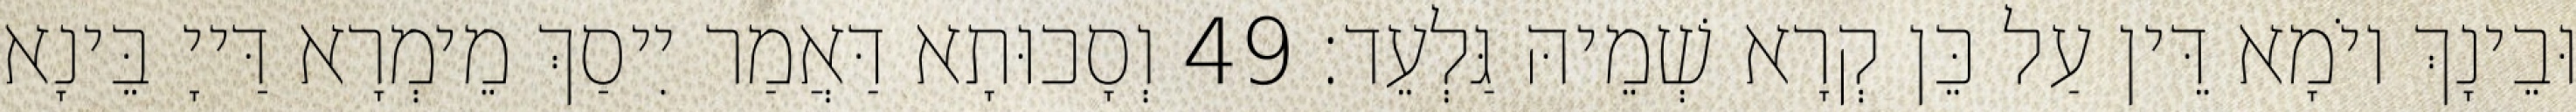
וּבֵינָךְ יוֹמָא דֵּין עַל כֵּן קְרָא שְׁמֵיהּ גַּלְעֵד׃ 49 וְסָכוּתָא דַּאֲמַר יִיסַךְ מֵימְרָא דַּייָ בֵּינָא